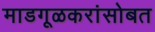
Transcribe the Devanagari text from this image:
माडगूळकरांसोबत